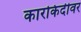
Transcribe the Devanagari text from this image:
कारकिर्दीवर